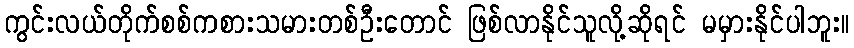
ကွင်းလယ်တိုက်စစ်ကစားသမားတစ်ဦးတောင် ဖြစ်လာနိုင်သူလို့ဆိုရင် မမှားနိုင်ပါဘူး။